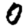
Digit: 0